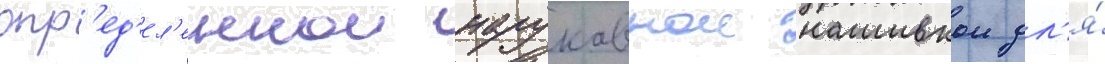
опр'ед'ел'еннои нарукавнои нашивкои дл'я́